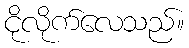
ငိုလိုက်လေသည်။